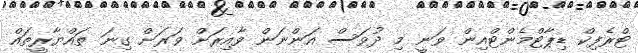
ޓްރެފިކް ޑިޕާޓްމެންޓްއިން ވަނީ މި ދުވަސް އަންނަން ވާއިރަށް ވަރަށް ގިނަ ތައްޔާރީތައް